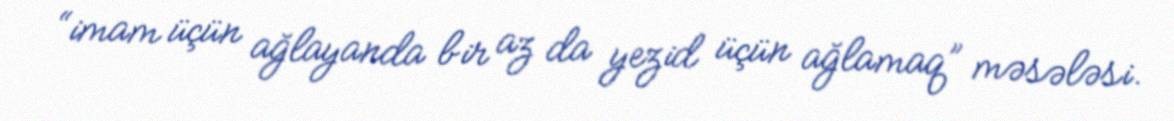
“imam üçün ağlayanda bir az da yezid üçün ağlamaq” məsələsi.